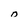
Character: O